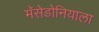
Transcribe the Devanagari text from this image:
मॅसेडोनियाला